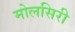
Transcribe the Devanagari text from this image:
मोलसिरी